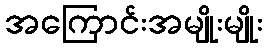
အကြောင်းအမျိုးမျိုး